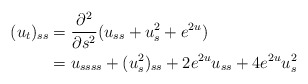
\begin{align*} (u_t)_{ss} & =\frac{\partial^2}{\partial s^2}(u_{ss}+u_s^2+e^{2u})\\ & = u_{ssss}+(u_s^2)_{ss}+2e^{2u}u_{ss}+4e^{2u}u_{s}^2 \end{align*}